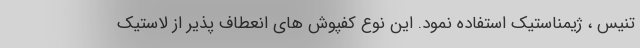
تنیس ، ژیمناستیک استفاده نمود. این نوع کفپوش های انعطاف پذیر از لاستیک